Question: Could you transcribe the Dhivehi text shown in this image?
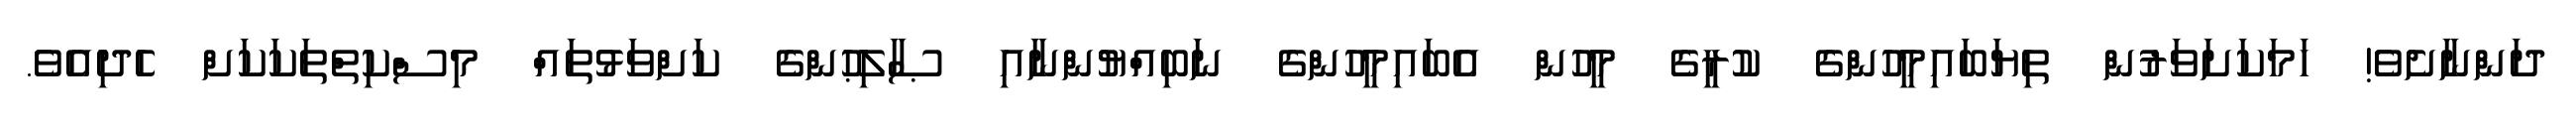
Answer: ދަންނާށެވެ! ހަމަކަށަވަރުން ތިޔަބައިމީހުންގެ ކުރީގެ މީހުން އެބައިމީހުންގެ ނަބިއްޔުންނާއި ޞާލިޙުންގެ ކަށްވަޅުތައް މިސްކިތްތަކަކަށް ހެދިއެވެ.